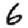
Digit: 6